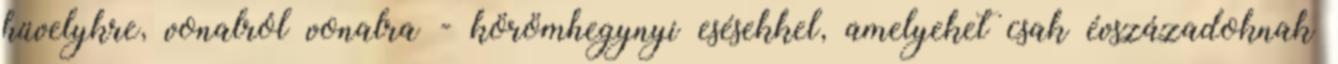
hüvelykre, vonalról vonalra - körömhegynyi esésekkel, amelyeket csak évszázadoknak